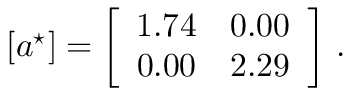
\left[ \boldsymbol { a } ^ { \star } \right] = \left[ \begin{array} { c c c } { 1 . 7 4 } & { 0 . 0 0 } \\ { 0 . 0 0 } & { 2 . 2 9 } \end{array} \right] \, .